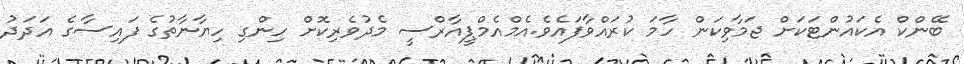
ބޭންކް އެކައުންޓަކަށް ޖަމާވިކަން ހާމަ ކުރައްވާފައެވެ.އެމްއެމްޕީއާރްސީ މެދުވެރިކޮށް ހިންގި ހިޔާނާތުގެ ފައިސާގެ އަދަދު